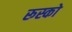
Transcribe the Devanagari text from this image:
रूस्को